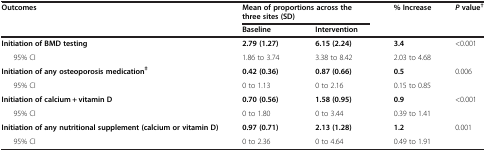
<table><thead><tr><td rowspan="2"><b>Outcomes</b></td><td colspan="2"><b>Mean of proportions across the three sites (SD)</b></td><td rowspan="2"><b>% Increase</b></td><td rowspan="2"><b><i>P</i>value<sup>†</sup></b></td></tr><tr><td><b>Baseline</b></td><td><b>Intervention</b></td></tr></thead><tbody><tr><td><b>Initiation of BMD testing</b></td><td><b>2.79 (1.27)</b></td><td><b>6.15 (2.24)</b></td><td><b>3.4</b></td><td rowspan="2">&lt;0.001</td></tr><tr><td>95% CI</td><td>1.86 to 3.74</td><td>3.38 to 8.42</td><td>2.03 to 4.68</td></tr><tr><td><b>Initiation of any osteoporosis medication</b><sup><b>‡</b></sup></td><td><b>0.42 (0.36)</b></td><td><b>0.87 (0.66)</b></td><td><b>0.5</b></td><td rowspan="2">0.006</td></tr><tr><td>95% CI</td><td>0 to 1.13</td><td>0 to 2.16</td><td>0.15 to 0.85</td></tr><tr><td><b>Initiation of calcium + vitamin D</b></td><td><b>0.70 (0.56)</b></td><td><b>1.58 (0.95)</b></td><td><b>0.9</b></td><td rowspan="2">&lt;0.001</td></tr><tr><td>95% CI</td><td>0 to 1.80</td><td>0 to 3.44</td><td>0.39 to 1.41</td></tr><tr><td><b>Initiation of any nutritional supplement (calcium or vitamin D)</b></td><td><b>0.97 (0.71)</b></td><td><b>2.13 (1.28)</b></td><td><b>1.2</b></td><td rowspan="2">0.001</td></tr><tr><td>95% CI</td><td>0 to 2.36</td><td>0 to 4.64</td><td>0.49 to 1.91</td></tr></tbody></table>